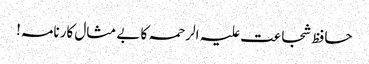
حافظ شجاعت علیہ الرحمہ کا بے مثال کارنامہ!